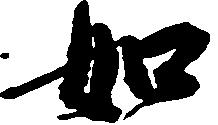
如